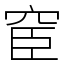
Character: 䆠